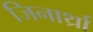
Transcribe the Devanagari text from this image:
जिनार्थ्रा